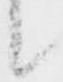
候